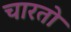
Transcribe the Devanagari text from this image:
चारतो